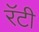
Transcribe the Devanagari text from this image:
रॅटी